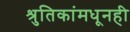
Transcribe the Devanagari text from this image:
श्रुतिकांमधूनही